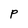
Character: P